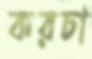
করচা